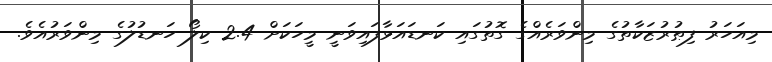
މިއަހަރު ފިޠުރުޒަކާތުގެ މިންވަރެއްގެ ގޮތުގައި ކަނޑައަޅާފައިވަނީ މީހަކަށް 2.4 ކިލޯ ހަނޑުލުގެ މިންވަރުއެވެ.